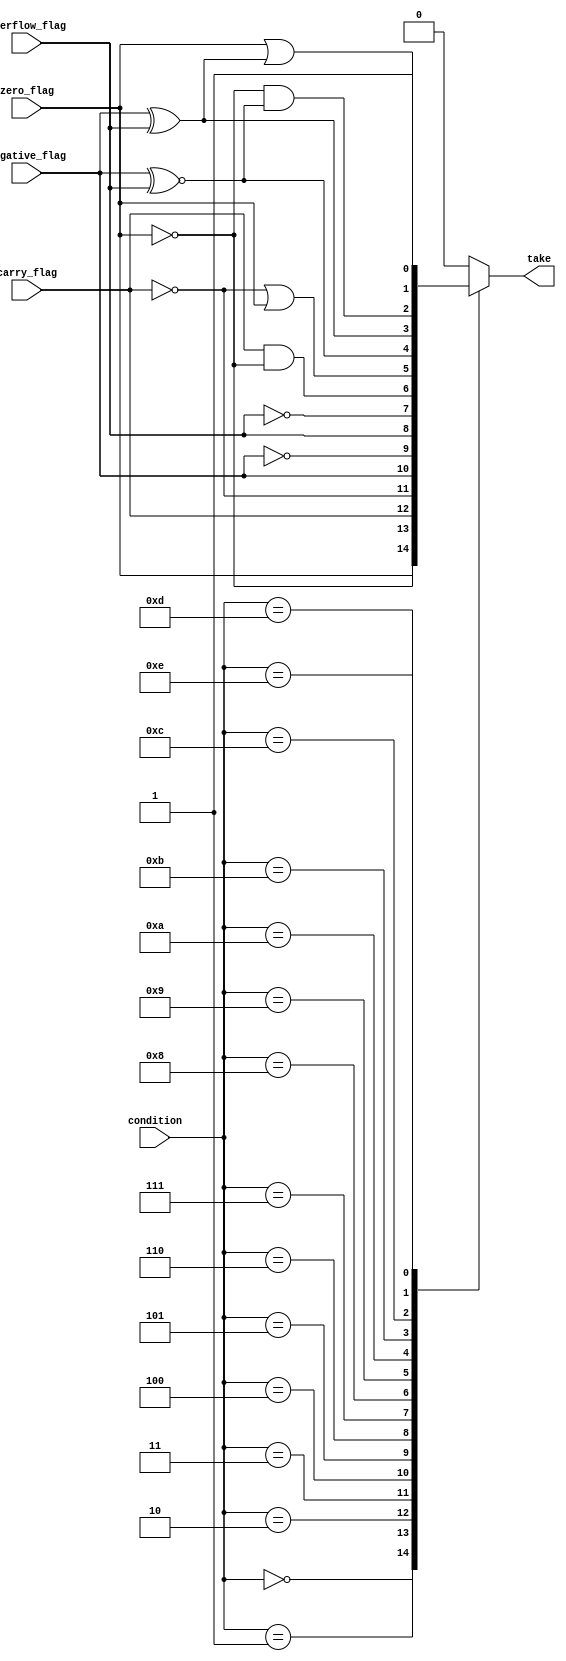
module Ramifier
#(
    parameter BRANCH_CONDITION_WIDTH = 4
)(
  input [(BRANCH_CONDITION_WIDTH - 1):0] condition,
  input negative_flag, zero_flag, carry_flag, overflow_flag,
  output reg take
);
    always @ ( * ) begin
        case (condition)
            0:begin 
                take = zero_flag;
            end
            1:begin 
                take = !zero_flag;
            end
            2:begin 
                take = carry_flag;
            end
            3:begin 
                take = !carry_flag;
            end
            4:begin   
                take = negative_flag;
            end
            5:begin   
                take = !(negative_flag);
            end
            6:begin   
                take = overflow_flag;
            end
            7:begin   
                take = !(overflow_flag);
            end
            8:begin   
                take = (carry_flag) && (!zero_flag);
            end
            9:begin   
                take = (!carry_flag) || (zero_flag);
            end
            10:begin    
                take =  (negative_flag ^~ overflow_flag) ;
            end
            11:begin    
                take = (negative_flag ^ overflow_flag);
            end
            12:begin    
                take = (!zero_flag) && (negative_flag ^~ overflow_flag);
            end
            13:begin     
                take = (zero_flag) || (negative_flag ^ overflow_flag);
            end
            14:begin  
                take = 1;
            end
            default: begin
                take = 0; 
            end
        endcase
    end
endmodule